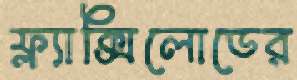
ফ্ল্যাক্সিলোডের